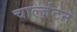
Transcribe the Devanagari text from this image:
चार्ल्ज़टन